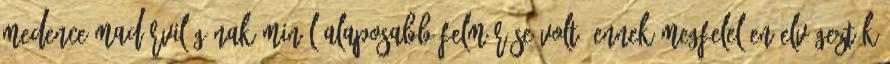
medence madárvilágának minél alaposabb felmérése volt. Ennek megfelelően elvégeztük